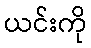
ယင်းကို